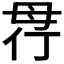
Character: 𣫲